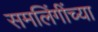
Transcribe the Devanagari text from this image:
समलिंगींच्या